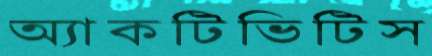
অ্যাকটিভিটিস